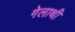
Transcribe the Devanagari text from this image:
गेलाथी